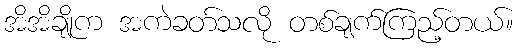
အိအိချိုက အကဲခတ်သလို တစ်ချက်ကြည့်တယ်။